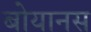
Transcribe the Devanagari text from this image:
बोयानस